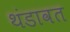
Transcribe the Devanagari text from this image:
थंडावत